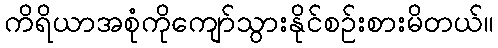
ကိရိယာအစုံကိုကျော်သွားနိုင်စဉ်းစားမိတယ်။